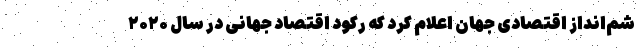
شم‌‌انداز اقتصادی جهان اعلام کرد که رکود اقتصاد جهانی در سال ۲۰۲۰